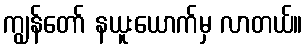
ကျွန်တော် နယူးယောက်မှ လာတယ်။